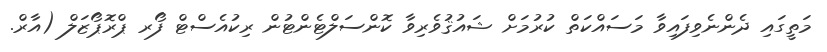
މަތީގައި ދެންނެވިފައިވާ މަސައްކަތް ކުރުމަށް ޝައުޤުވެރިވާ ކޮންސަލްޓެންޓުން ރިކުއެސްޓް ފޯރ ޕްރޮޕޯޒަލް (އާރް.